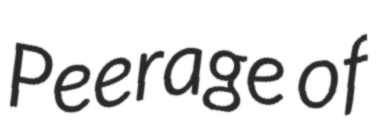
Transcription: Peerage of